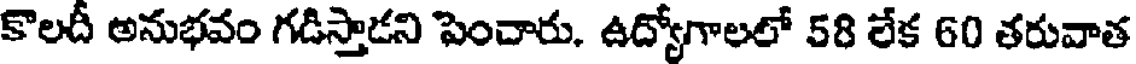
కొలదీ అనుభవం గడిస్తాడని పెంచారు. ఉద్యోగాలలో 58 లేక 60 తరువాత